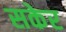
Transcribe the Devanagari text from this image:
सकेर